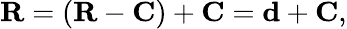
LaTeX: \mathbf{R}=(\mathbf{R}-\mathbf{C})+\mathbf{C}=\mathbf{d}+\mathbf{C},